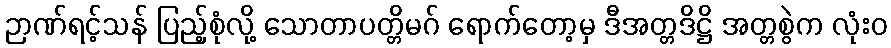
ဉာဏ်ရင့်သန် ပြည့်စုံလို့ သောတာပတ္တိမဂ် ရောက်တော့မှ ဒီအတ္တဒိဋ္ဌိ အတ္တစွဲက လုံးဝ